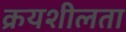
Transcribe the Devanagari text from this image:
क्रयशीलता